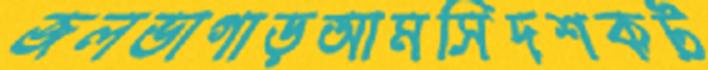
জলভাগাড়আমসিদশকট